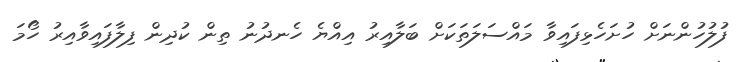
ފުލުހުންނަށް ހުށަހެޅިފައިވާ މައްސަލަތަކަށް ބަލާއިރު އިއްޔެ ހެނދުނު ތިން ކުދިން ފިލާފައިވާއިރު ހޯމަ